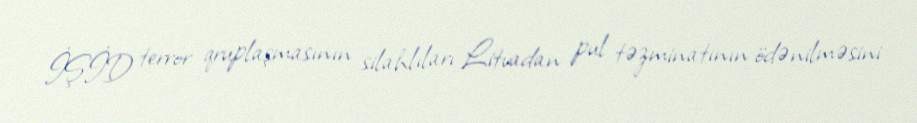
İŞİD terror qruplaşmasının silahlıları Litvadan pul təzminatının ödənilməsini